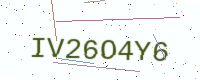
Text: IV26O4Y6